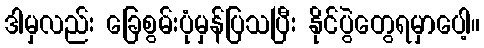
ဒါမှလည်း ခြေစွမ်းပုံမှန်ပြသပြီး နိုင်ပွဲတွေရမှာပေါ့။